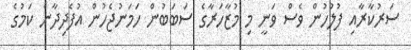
ސަރުކާރާއި ފުލުހުން ވެސް ވަނީ މި މުޒާހަރާގެ ސަބަބުން ހަމަނުޖެހުން އުފެދިދާނެ ކަމުގެ